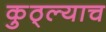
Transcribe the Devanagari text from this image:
कुठ्ल्याच